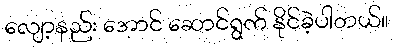
လျော့နည်း အောင် ဆောင်ရွက် နိုင်ခဲ့ပါတယ်။